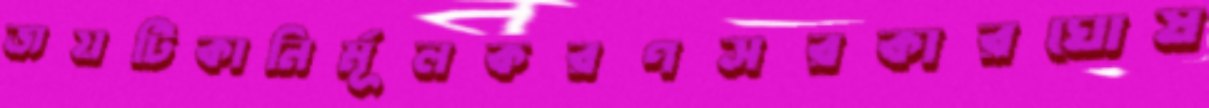
জয়টিকানির্মূলকরণসরকারঘোষ